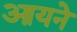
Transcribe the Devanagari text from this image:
आयने